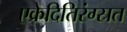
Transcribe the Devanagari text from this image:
एक्रेदितिरंग्स्रत